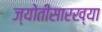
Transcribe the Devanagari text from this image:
ज्योतीसारख्या